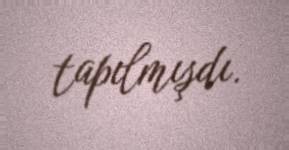
tapılmışdı.